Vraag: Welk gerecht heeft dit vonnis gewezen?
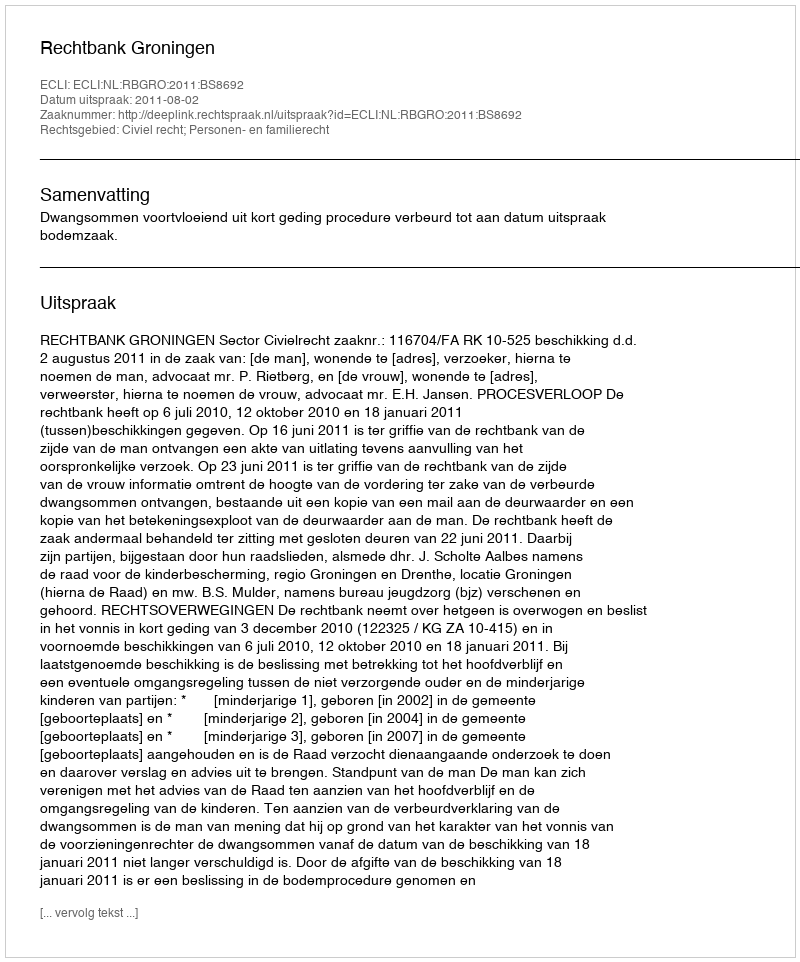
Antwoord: Rechtbank Groningen